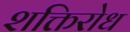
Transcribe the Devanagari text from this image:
शक्तिरोध